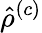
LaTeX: \hat{\rho}^{\left(c\right)}